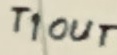
Text: T1OUT